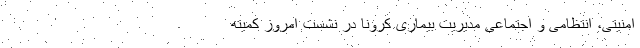
امنیتی، انتظامی و اجتماعی مدیریت بیماری کرونا در نشست امروز کمیته